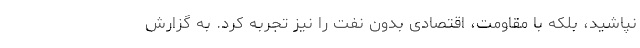
نپاشید، بلکه با مقاومت، اقتصادی بدون نفت را نیز تجربه کرد. به گزارش